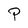
Character: P